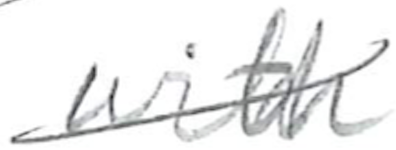
Text: with
Cross-out: diagonal
Writing tool: pencil